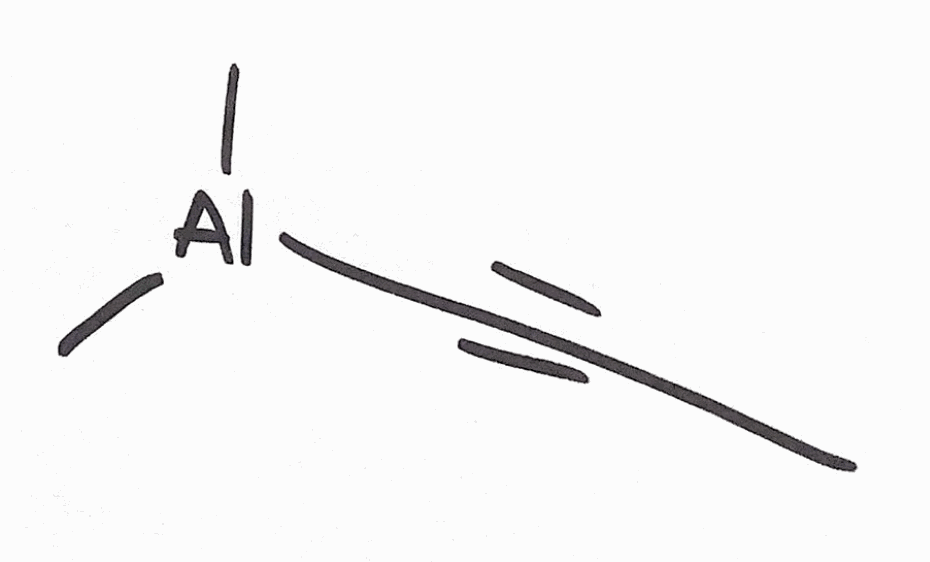
Simplified molecular-input line-entry system (SMILES) notation of the given molecule:
CC#C[Al](C)C